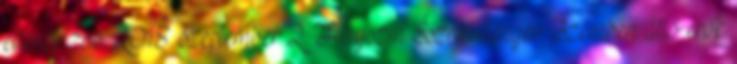
ellenőrizve: 2018. szeptember 2. Helyszín Északi-tenger Szemben álló erők